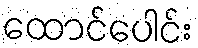
ထောင်ပေါင်း